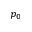
p _ { 0 }